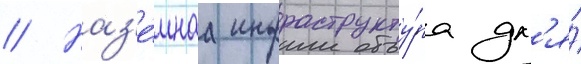
// Наз'е́мнаа инфраструкту́ра дл'я́